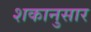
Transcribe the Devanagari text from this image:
शकानुसार